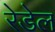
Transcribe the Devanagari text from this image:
रेडेल